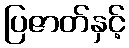
ပြဇာတ်နှင့်